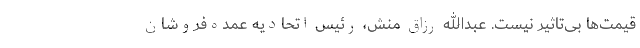
قیمت‌ها بی‌تاثیر نیست. عبدالله رزاق منش، رئیس اتحادیه عمده‌فروشان